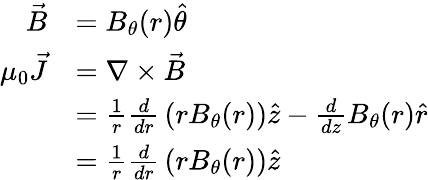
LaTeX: {\begin{array}{rl}{{\vec{B}}}&{=B_{\theta}(r){\hat{\theta}}}\\ {\mu_{0}{\vec{J}}}&{=\nabla\times{\vec{B}}}\\ &{={\frac{1}{r}}{\frac{d}{dr}}\left(rB_{\theta}(r)\right){\hat{z}}-{\frac{d}{dz}}B_{\theta}(r){\hat{r}}}\\ &{={\frac{1}{r}}{\frac{d}{dr}}\left(rB_{\theta}(r)\right){\hat{z}}}\end{array}}